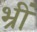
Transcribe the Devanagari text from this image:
भ्रीं